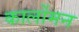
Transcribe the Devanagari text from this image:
कार्लोमन